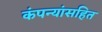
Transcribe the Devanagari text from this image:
कंपन्यांसहित